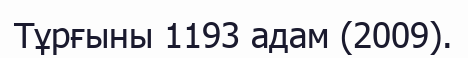
Тұрғыны 1193 адам (2009).